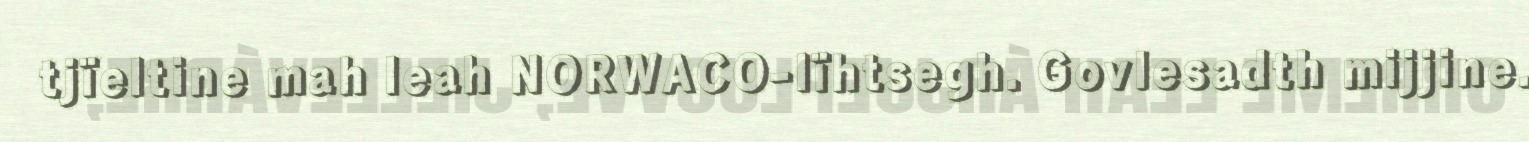
tjïeltine mah leah NORWACO-lïhtsegh. Govlesadth mijjine.